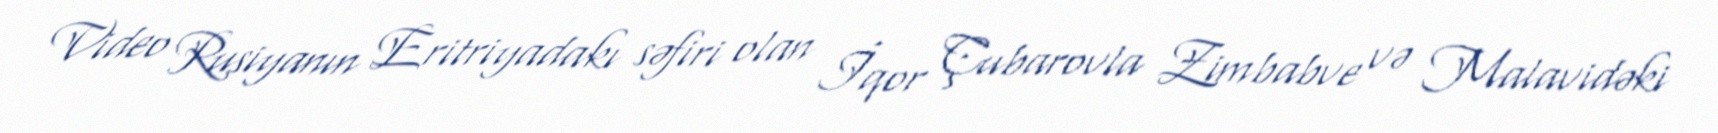
Video Rusiyanın Eritriyadakı səfiri olan İqor Çubarovla Zimbabve və Malavidəki